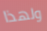
ولهذا